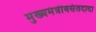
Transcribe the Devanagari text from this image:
मुख्यमंत्रीवसंतदादा